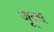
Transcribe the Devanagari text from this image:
जून्स